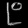
Digit: ၉